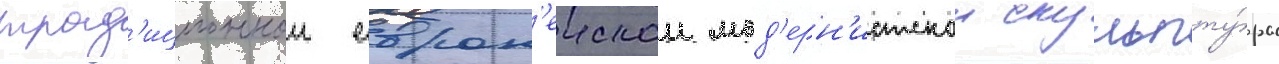
трад'иционнои европ'еискои мод'ерн'истскои скульпту́ры